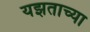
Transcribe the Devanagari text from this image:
यझताच्या